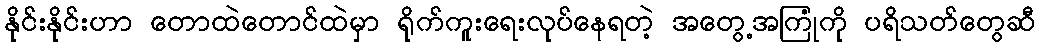
နိုင်းနိုင်းဟာ တောထဲတောင်ထဲမှာ ရိုက်ကူးရေးလုပ်နေရတဲ့ အတွေ့အကြုံကို ပရိသတ်တွေဆီ